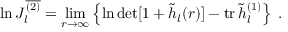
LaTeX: \ln { \cal J } _ { l } ^ { \overline { { { ( 2 ) } } } } = \operatorname * { l i m } _ { r \to \infty } \left\{ \ln \operatorname * { d e t } [ 1 + \widetilde h _ { l } ( r ) ] - \mathrm { t r } \, \widetilde h _ { l } ^ { ( 1 ) } \right\} \; .